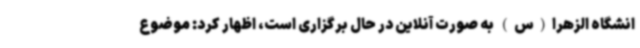
انشگاه الزهرا(س) به صورت آنلاین در حال برگزاری است، اظهار کرد: موضوع